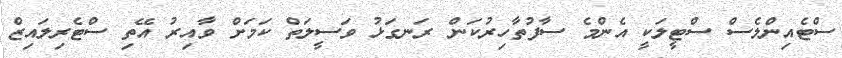
ސްޓެއިންލެސް ސްޓީލަކީ އެންމެ ސާފުތާހިރުކަން ރަނގަޅު ވަސީލަތް ކަމަށް ވާއިރު އޭތި ސްޓެރިލައިޒް